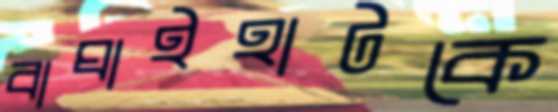
বাঘাইহাটকে